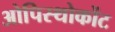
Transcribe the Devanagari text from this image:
ओपिस्थोकोंट